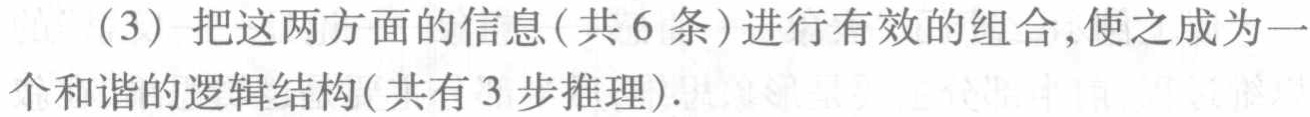
（3）把这两方面的信息(共 6 条)进行有效的组合,使之成为一个和谐的逻辑结构(共有 3 步推理).